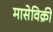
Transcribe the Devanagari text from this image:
मासेविक्री